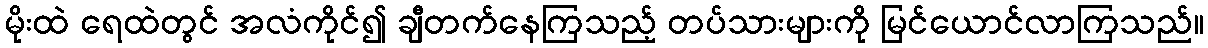
မိုးထဲ ရေထဲတွင် အလံကိုင်၍ ချီတက်နေကြသည့် တပ်သားများကို မြင်ယောင်လာကြသည်။